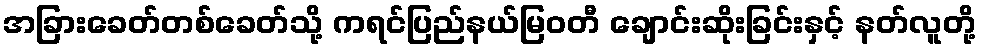
အခြားခေတ်တစ်ခေတ်သို့ ကရင်ပြည်နယ်မြဝတီ ချောင်းဆိုးခြင်းနှင့် နတ်လူတို့